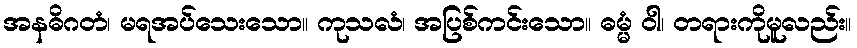
အနဓိဂတံ၊ မရအပ်သေးသော။ ကုသလံ၊ အပြစ်ကင်းသော။ ဓမ္မံ ဝါ၊ တရားကိုမူလည်း။